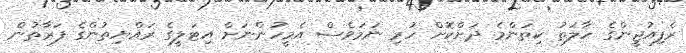
ރެފިއުޖީންގެ ހާލަތު ކިތަންމެ ދަށްކޮށް ހުރި ނަމަވެސް އެމީހުންނަށް އިޓަލީގެ ރައްޔިތުންގެ ފަރާތުން